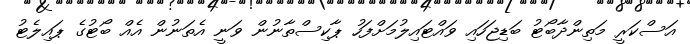
އަސްކަރީ މަތިންދާބޯޓު ބަޑިޖަހައި ވައްޓައިލުމަށްފަހު ޕާކިސްތާނުން ވަނީ އެތަނުން އެއް ބޯޓުގެ ޕައިލެޓު